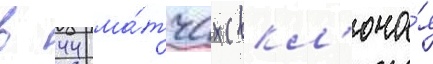
в 44 ма́тчах (вкл'юча́я